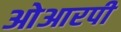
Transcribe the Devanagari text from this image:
ओआरपी